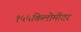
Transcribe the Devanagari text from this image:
१५५किलोमीटर